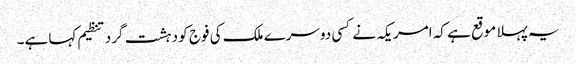
یہ پہلا موقع ہے کہ امریکہ نے کسی دوسرے ملک کی فوج کو دہشت گرد تنظیم کہا ہے۔